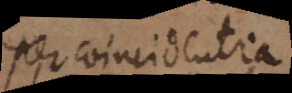
per coincidentia